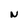
Character: N